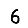
Digit: 6